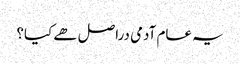
یہ عام آدمی دراصل ھے کیا؟